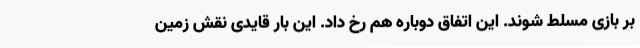
بر بازی مسلط شوند. این اتفاق دوباره هم رخ داد. این بار قایدی نقش زمین